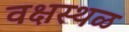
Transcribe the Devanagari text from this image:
वक्षस्थळ